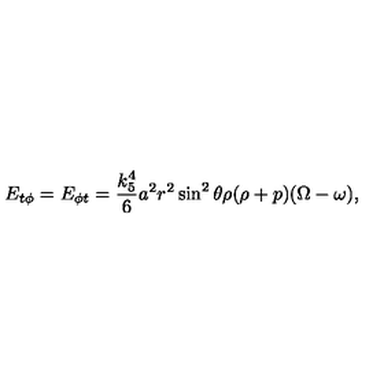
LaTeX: E _ { t \phi } = E _ { \phi t } = \frac { k _ { 5 } ^ { 4 } } 6 a ^ { 2 } r ^ { 2 } \sin ^ { 2 } \theta \rho ( \rho + p ) ( \Omega - \omega ) ,